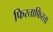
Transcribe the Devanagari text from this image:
फिरताफिरता